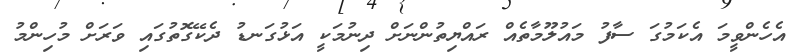
އެހެންވީމަ އެކަމުގަ ސާފު މައުލޫމާތެއް ރައްޔިތުންނަށް ދިނުމަކީ އަޅުގަނޑު ދެކޭގޮތުގައި ވަރަށް މުހިންމު